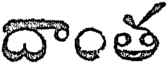
దాంత